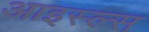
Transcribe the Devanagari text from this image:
आइस्ल्स